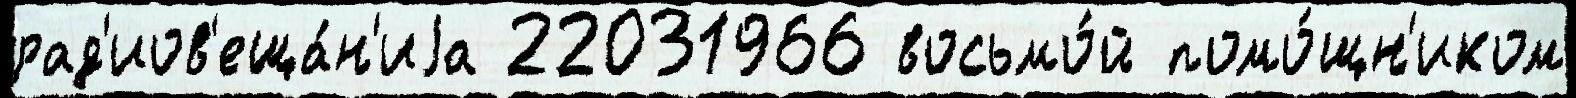
рад'иов'еща́н'иjа 22031966 восьмо́й помо́щн'иком